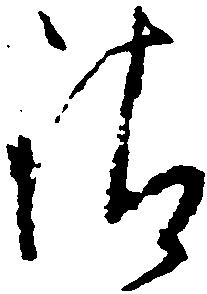
清